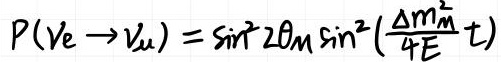
$P(\nu_e \rightarrow \nu_\mu) = \sin^2 2\theta_{M} \sin^2 \left(\frac{\Delta m_{M}^2}{4E} t\right)$